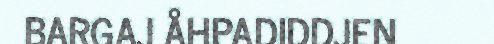
BARGAJ ÅHPADIDDJEN